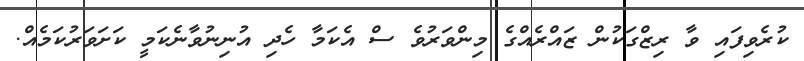
ކުރެވިފައި ވާ ރިޒްގަކުން ޒައްރެއްގެ މިންވަރުވެ ސް އެކަމާ ހެދި އުނިނުވާނެކަމީ ކަށަވަރުކަމެއް.